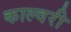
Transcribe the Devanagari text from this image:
काल्वरी